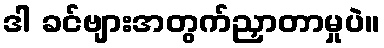
ဒါ ခင်ဗျားအတွက်ညှာတာမှုပဲ။